Reports on military cantonments and civil stations in the Presidency of Bombay inspected by the Sanitary Commissioner in the years 1875 and 1876
Year: 1875
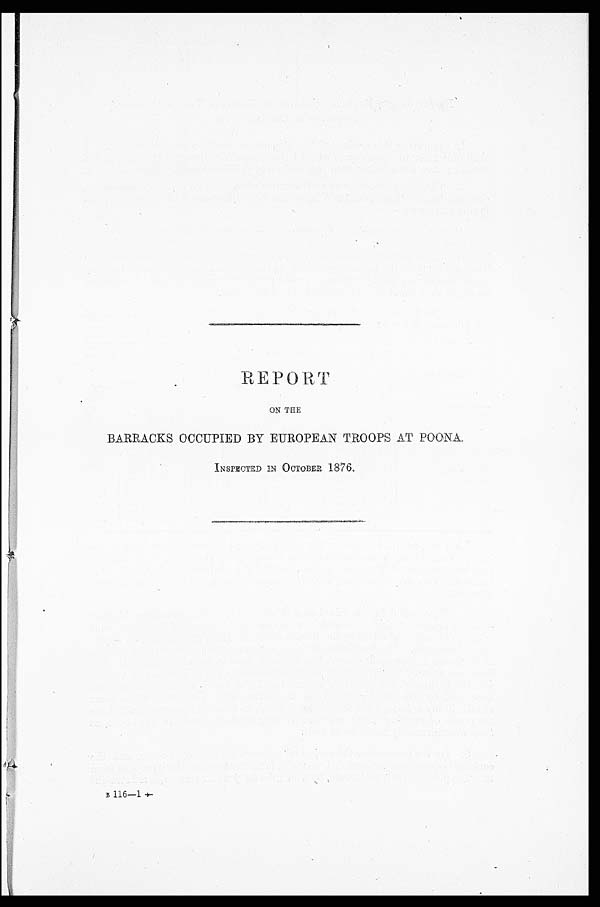
REPORT
ON THE
BARRACKS OCCUPIED BY EUROPEAN TROOPS AT POONA,
INSPECTED IN OCTOBER 1876.
B 116—1